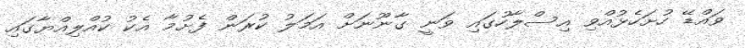
ވައްޑޭ ހުށަހެޅުއްވި އިސްލާހުގައި ވަނީ ގާނޫނަށް އަމަލު ކުރަން ފެށުމާ އެކު ކުއްލިއްޔާގައި